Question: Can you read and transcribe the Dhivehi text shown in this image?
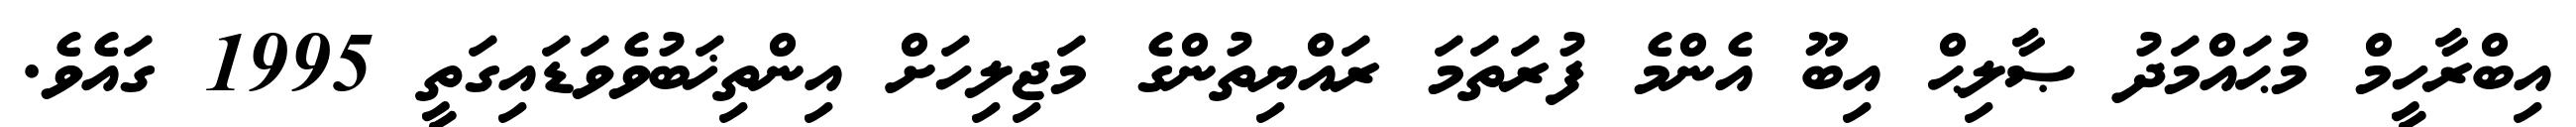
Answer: އިބްރާހީމް މުޙައްމަދު ޞާލިޙް އިބޫ އެންމެ ފުރަތަމަ ރައްޔިތުންގެ މަޖިލިހަށް އިންތިޚަބުވެވަޑައިގަތީ 1995 ގައެވެ.